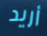
أريد